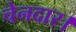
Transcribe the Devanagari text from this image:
चेनदार।